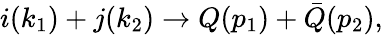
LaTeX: i(k_{1})+j(k_{2})\rightarrow Q(p_{1})+\bar{Q}(p_{2}),